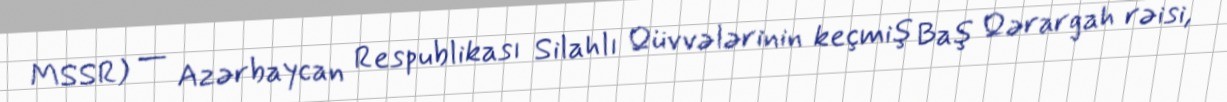
MSSR) — Azərbaycan Respublikası Silahlı Qüvvələrinin keçmiş Baş Qərargah rəisi,